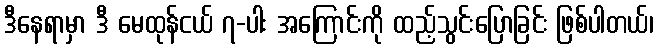
ဒီနေရာမှာ ဒီ မေထုန်ငယ် ၇-ပါး အကြောင်းကို ထည့်သွင်းပြောခြင်း ဖြစ်ပါတယ်၊